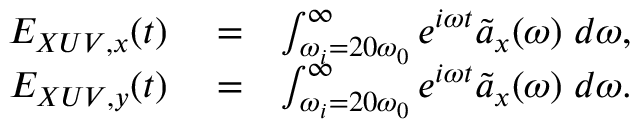
\begin{array} { r l r } { E _ { X U V , x } ( t ) } & { { } = } & { \int _ { \omega _ { i } = 2 0 \omega _ { 0 } } ^ { \infty } e ^ { i \omega t } \tilde { a } _ { x } ( \omega ) \; d \omega , } \\ { E _ { X U V , y } ( t ) } & { { } = } & { \int _ { \omega _ { i } = 2 0 \omega _ { 0 } } ^ { \infty } e ^ { i \omega t } \tilde { a } _ { x } ( \omega ) \; d \omega . } \end{array}